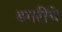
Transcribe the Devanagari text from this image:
डगरींचे